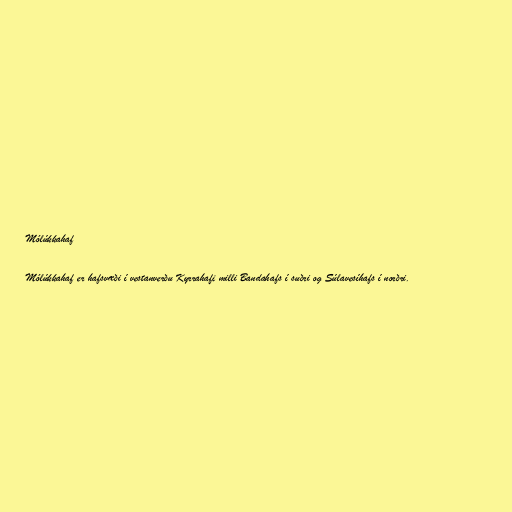
Mólúkkahaf

Mólúkkahaf er hafsvæði í vestanverðu Kyrrahafi milli Bandahafs í suðri og Súlavesíhafs í norðri.